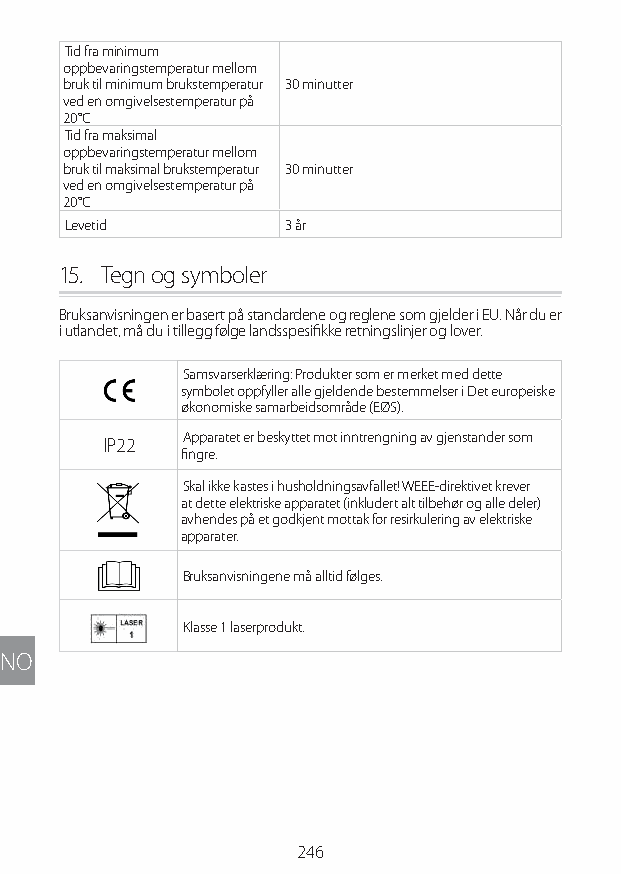
Tid fra minimum
 oppbevaringstemperatur mellom
 bruk til minimum brukstemperatur 30 minutter
 ved en omgivelsestemperatur på
 20°C
 Tid fra maksimal
 oppbevaringstemperatur mellom
 bruk til maksimal brukstemperatur 30 minutter
 ved en omgivelsestemperatur på
 20°C
 Levetid        3 år
 15. Tegn og symboler
 Bruksanvisningen er basert på standardene og reglene som gjelder i EU. Når du er
 i utlandet, må du i tillegg følge landsspesifikke retningslinjer og lover.
 Samsvarserklæring: Produkter som er merket med dette
 symbolet oppfyller alle gjeldende bestemmelser i Det europeiske
 økonomiske samarbeidsområde (EØS).
 Apparatet er beskyttet mot inntrengning av gjenstander som
 IP22
 fingre.
 Skal ikke kastes i husholdningsavfallet! WEEE-direktivet krever
 at dette elektriske apparatet (inkludert alt tilbehør og alle deler)
 avhendes på et godkjent mottak for resirkulering av elektriske
 apparater.
 Bruksanvisningene må alltid følges.
 Klasse 1 laserprodukt.
 NO
 246
 Lipo UM EU124 3545B inside ALL EU124 ED296-24 release.indd 246 14/08/2018 10:57:47